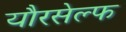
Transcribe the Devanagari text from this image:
यौरसेल्फ